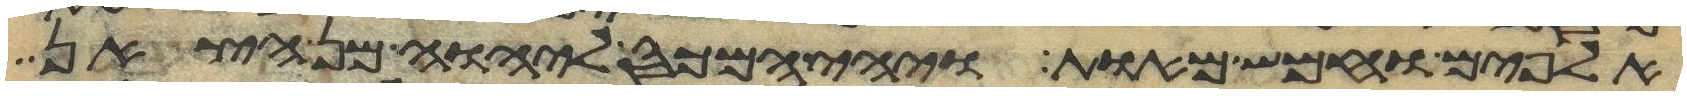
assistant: אלפים וחמש מאות ויהי המכס ליהוה מן הצאן